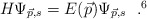
\begin{align*}H \Psi_{\vec{p},s} = E(\vec{p}) \Psi_{\vec{p},s} ~~. \footnotemark[6]\end{align*}